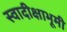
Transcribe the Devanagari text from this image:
स्वादीक्षाभूमी